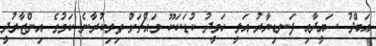
އަބްދު ސައީދާއި ފަނޑިޔާރު އަލީ ހަމީދު ކުޑަކަކޫ މައްޗަށް ތިރިކުރާނެ ކަމުގެ އިންޒާރުދީ